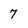
Character: 7